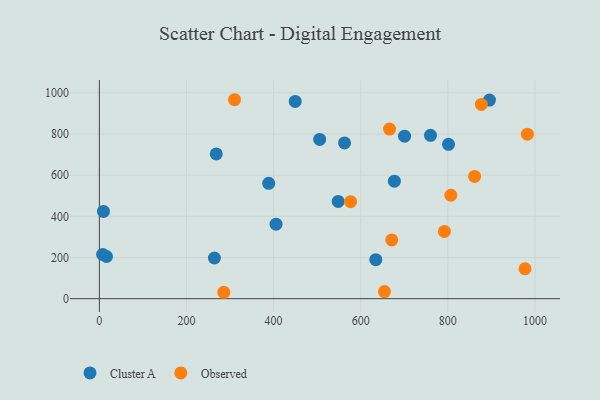
{"axis": {"x": "Ad Spend", "y": "Demand"}, "legend": ["Cluster A", "Observed"], "data": [{"x": "801.5", "y": 749.8, "type": "Cluster A"}, {"x": "449.6", "y": 958.3, "type": "Cluster A"}, {"x": "548.3", "y": 472.4, "type": "Cluster A"}, {"x": "16.4", "y": 204.9, "type": "Cluster A"}, {"x": "388.7", "y": 560.4, "type": "Cluster A"}, {"x": "268.3", "y": 703.3, "type": "Cluster A"}, {"x": "677.2", "y": 570.5, "type": "Cluster A"}, {"x": "700.6", "y": 789.5, "type": "Cluster A"}, {"x": "634.5", "y": 189.2, "type": "Cluster A"}, {"x": "505.7", "y": 773.7, "type": "Cluster A"}, {"x": "760.1", "y": 793.3, "type": "Cluster A"}, {"x": "7.5", "y": 215.1, "type": "Cluster A"}, {"x": "562.8", "y": 756.5, "type": "Cluster A"}, {"x": "9.4", "y": 423.9, "type": "Cluster A"}, {"x": "895.5", "y": 964.8, "type": "Cluster A"}, {"x": "405.6", "y": 361.9, "type": "Cluster A"}, {"x": "264.1", "y": 197.6, "type": "Cluster A"}, {"x": "876.9", "y": 943.8, "type": "Observed"}, {"x": "285.6", "y": 31.0, "type": "Observed"}, {"x": "671.1", "y": 285.1, "type": "Observed"}, {"x": "576.7", "y": 471.1, "type": "Observed"}, {"x": "310.3", "y": 966.4, "type": "Observed"}, {"x": "861.4", "y": 593.8, "type": "Observed"}, {"x": "792.0", "y": 326.4, "type": "Observed"}, {"x": "654.4", "y": 34.5, "type": "Observed"}, {"x": "666.1", "y": 823.9, "type": "Observed"}, {"x": "982.5", "y": 799.1, "type": "Observed"}, {"x": "806.8", "y": 502.3, "type": "Observed"}, {"x": "977.1", "y": 145.4, "type": "Observed"}]}